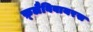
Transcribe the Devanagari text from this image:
फ़्लैविवायरस